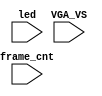
`timescale 1ns/1ps

module mist_dump(
    input           VGA_VS,
    input           led,
    input   [31:0]  frame_cnt
);

`ifdef DUMP
`ifndef NCVERILOG // iVerilog:
    initial begin
        // #(200*100*1000*1000);
        $display("DUMP enabled");
        $dumpfile("test.lxt");
    end
    `ifdef LOADROM
    `ifndef DEEPDUMP
    always @(negedge led) if( $time > 20000 ) begin // led = downloading signal
    `else
    initial begin
    `endif
        $display("DUMP starts");
        $dumpvars(0,mist_test);
        $dumpon;
    end
    `else
    initial begin
        $display("DUMP starts");
        `ifdef DEEPDUMP
            $dumpvars(0,mist_test);
        `else
            $dumpvars(1,mist_test.UUT.u_game.u_main);
            //$dumpvars(0,mist_test.UUT.u_game.u_video.u_obj);
            //$dumpvars(1,mist_test.UUT.u_rom);
            //$dumpoff;
            //$dumpvars(1,mist_test.UUT.u_video);
            //$dumpvars(1,mist_test.UUT.u_video.u_char);
            //$dumpvars(0,UUT.chargen);
        `endif
        $dumpon;
    end
    `endif
`else // NCVERILOG
    //`ifndef VIDEO_START
    initial begin
    //`else
    //always @(negedge VGA_VS) if( frame_cnt==`VIDEO_START ) begin
    //`endif
        $display("NC Verilog: will dump all signals");
        $shm_open("test.shm");
        `ifdef DEEPDUMP
            $shm_probe(mist_test,"AS");
        `else
            $shm_probe(frame_cnt);
            //$shm_probe(UUT.u_game,"A");
            //$shm_probe(UUT.u_game.u_main,"A");
            //$shm_probe(UUT.u_game.u_rom,"A");
            //$shm_probe(UUT.u_game.u_rom.u_snd,"A");
            $shm_probe(UUT.u_game.u_video,"AS");
            //$shm_probe(UUT.u_game.u_prom_we,"AS");
            //$shm_probe(UUT.u_base.u_sdram,"AS");
            //$shm_probe(UUT.u_scandoubler,"AS");
            `ifndef NOSOUND
            $shm_probe(UUT.u_game.u_sound,"A");
            `endif
        `endif
        // $shm_probe(UUT.u_video,"A");
        // $shm_probe(UUT.u_video.u_obj,"AS");
        // #280_000_000
        // #280_000_000
        // $shm_probe(UUT.u_sound.u_cpu,"AS");
    end
`endif
`endif

endmodule // mist_dump